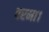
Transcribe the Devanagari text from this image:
बरमा।